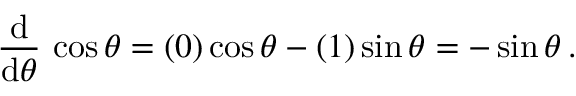
{ \frac { \operatorname { d } } { \operatorname { d } \! \theta } } \, \cos \theta = ( 0 ) \cos \theta - ( 1 ) \sin \theta = - \sin \theta \, .